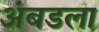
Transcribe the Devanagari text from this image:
अंबडला